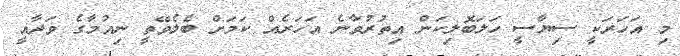
މި އަހަރަކީ ސިޔާސީ ހަލަބޮލިކަން އިތުރުވާނެ އަހަރެއް ކަމަށް ބެލެވޭތީ ނިއުމާގެ ވަދާއީ